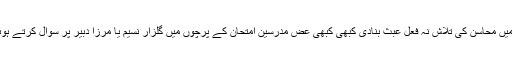
اسلوبیاتی تنقید یا سا ختیاتی تنقید نے تعبیر تشریح تجزیہ اور تفہیم میں محاسن کی تلاش نہ فعل عبث بنادی کبھی کبھی عض مدرسین امتحان کے پرچوں میں گلزار نسیم یا مرزا دبیر پر سوال کرتے ہوئے یہ ایک فقرہ بڑھادیتے ہیں کہ محاسن شعری پر روشنی ڈالیے۔